Civil Veterinary Dept. Bombay admin report 1900-1906 - 1900-1906
Year: 1900
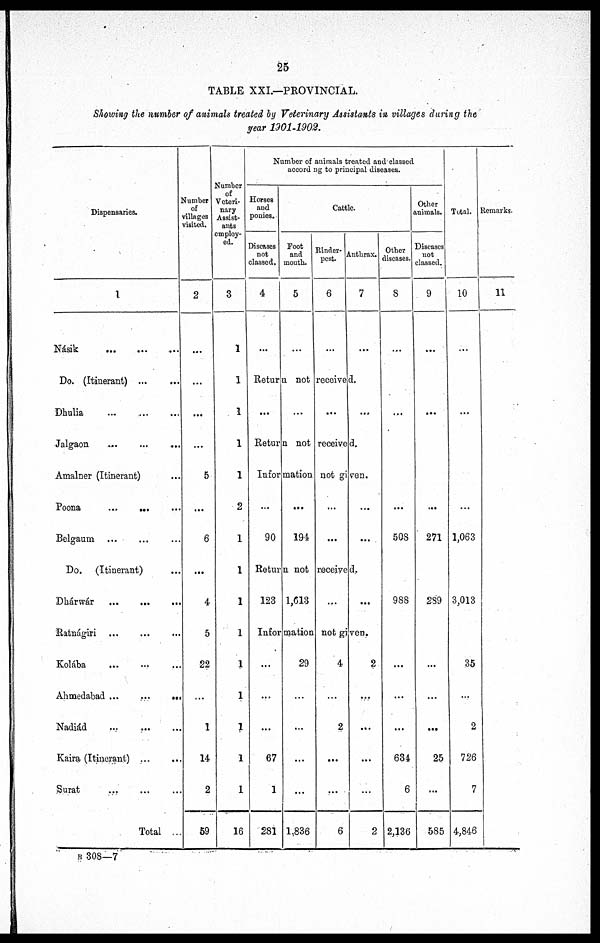
25
TABLE XXI.—PROVINCIAL.
Showing the number of animals treated by Veterinary Assistants in villages during the
year 1901-1902.
Dispensaries.
1
Násik
...
...
...
Do. (Itinerant)
...
...
Dhulia
...
...
...
Jalgaon ... ... ...
Amalner (Itinerant) ...
Poona
....
... ...
Belgaum ... ... ...
Do. (Itinerant) ...
Dhárwár ... ... ...
Ratnágiri ... ... ...
Kolába ... ... ...
Ahmedabad ...
...
...
Nadiád ... ... ...
Kaira (Itinerant) ...
Surat ... ... ...
Total ...
Number
of
villages
visited.
2
...
...
...
...
5
...
6
...
4
5
22
...
1
14
2
59
Number
of
Veteri-
nary
Assist-
ants
employ-
ed.
3
1
1
1
1
1
2
1
1
1
1
1
1
1
1
1
16
Number of animals treated and classed
according to principal diseases.
Horses
and
ponies.
Diseases
not
classed.
4
...
Cattle.
Foot
and
mouth.
5
...
Rinder-
pest.
6
...
Anthrax.
7
...
Return not received.
...
...
...
...
Return not received.
Information not given.
...
90
...
194
...
...
...
...
Return not received.
123 1,613
...
...
Information not given.
...
...
...
67
1
281
29
...
...
...
...
1,836
4
...
2
...
...
6
2
...
...
...
...
2
Other
diseases.
8
...
...
...
508
988
...
...
...
634
6
2,136
Other
animals.
Diseases
not
classed.
9
...
...
...
271
289
...
...
...
25
...
585
Total.
10
...
...
...
1,063
3,013
35
...
2
726
7
4,846
Remarks.
11
B 308—7